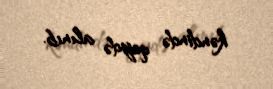
kəndində qeydə alınıb.